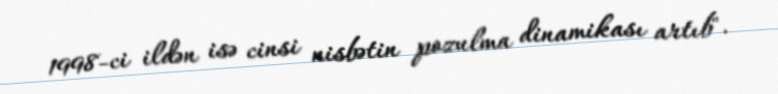
1998-ci ildən isə cinsi nisbətin pozulma dinamikası artıb".